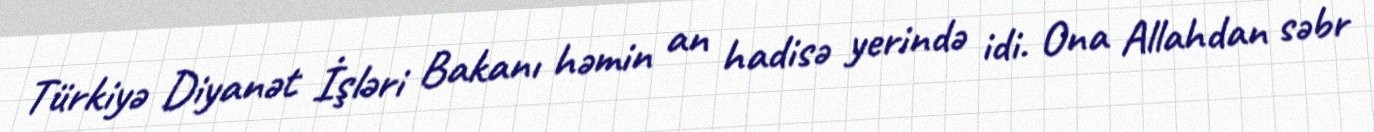
Türkiyə Diyanət İşləri Bakanı həmin an hadisə yerində idi. Ona Allahdan səbr